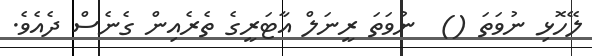
ލޭހޮޅި ނުވަތަ ()  ނުވަތަ ރީނަލް އާޓަރީގެ ތެރެއިން ގެނެސް ދެއެވެ.